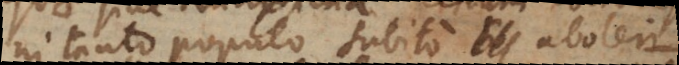
tanto populo subito aboleri